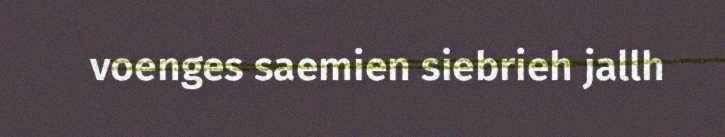
voenges saemien siebrieh jallh